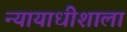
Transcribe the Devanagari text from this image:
न्यायाधीशाला